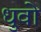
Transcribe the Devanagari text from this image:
धुवो